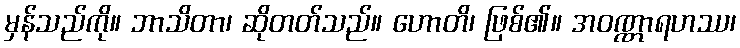
မှန်သည်ကို။ ဘာသိတာ၊ ဆိုတတ်သည်။ ဟောတိ၊ ဖြစ်၏။ အဝဏ္ဏာရဟဿ၊